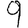
Digit: 9